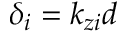
\delta _ { i } = k _ { z i } d